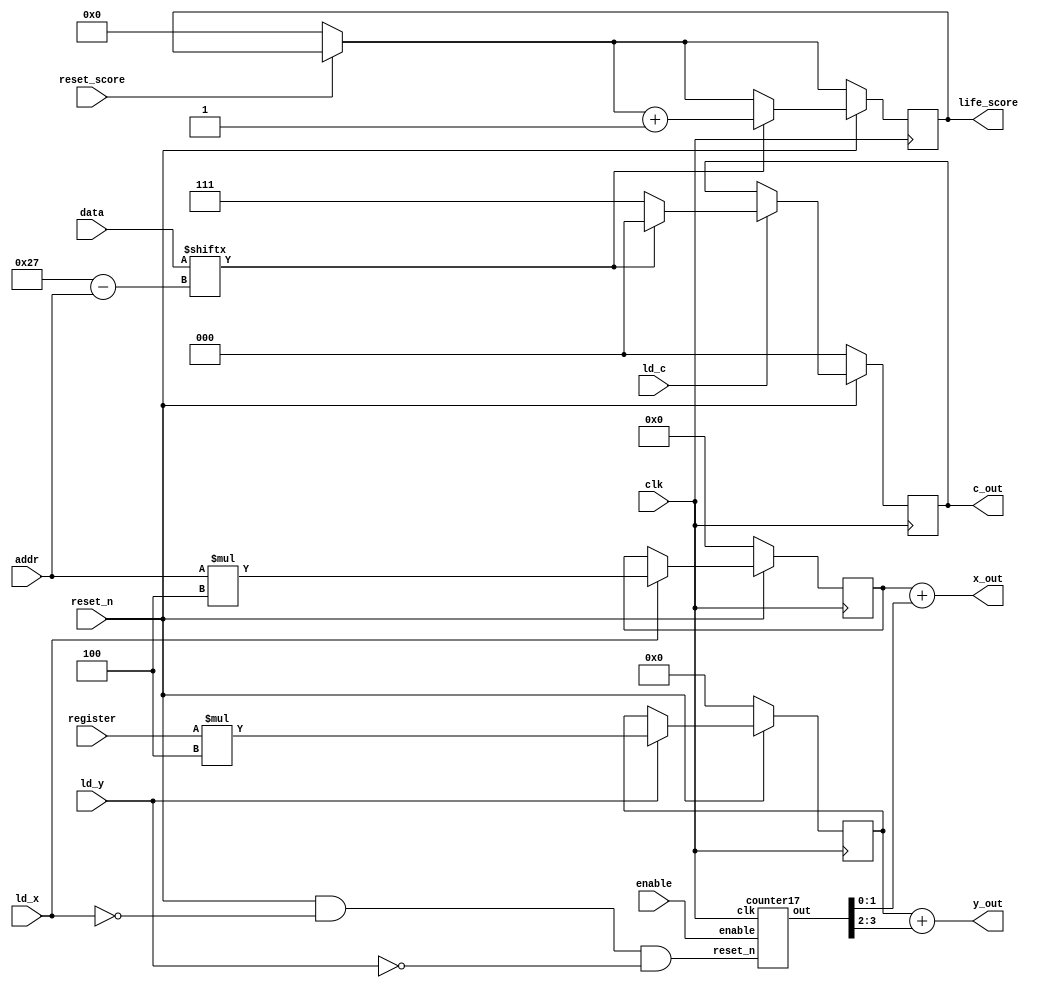
 module datapath(
    input clk, enable, reset_n,ld_x, ld_y, ld_c, reset_score,
    input [4:0] register,
    input [5:0] addr,
    input [39:0] data, 
    output [7:0] x_out,
    output [6:0] y_out,
    output [2:0] c_out,
    output [11:0] life_score
    );
    reg [7:0] x;
    reg [6:0] y;
    reg [2:0] c;
    reg [11:0] life;
    wire [4:0] count; 
    wire [3:0] out;
    wire reset_c;
    wire reset_s;

    localparam  S_LOAD      = 4'd0,
                S_WRITE     = 4'd1;
    reg current_state, next_state;

    always @ (posedge clk) begin
        if (!reset_score) begin
            life = {12{1'b0}};
        end
        if (!reset_n) begin
            x <= 8'd0;
            y <= 7'd0;
            c <= 3'd0; 
        end
        else begin 
            if(ld_x)
                x <= addr * 4;
                life <= (data[39 - addr] == 1) ? life + 1 : life;
            if(ld_y)
                y <= register * 4;
            if(ld_c)
                c <= (data[39 - addr] == 0) ? 111 : 000;
         end
    end
    /*
    always@(posedge clk)
    begin: state_table 
            case (current_state)
                S_LOAD: next_state = ld_x ? S_WRITE : S_LOAD;
                S_WRITE: next_state = ld_x ? S_LOAD : S_WRITE;

            default:     next_state = S_LOAD;
        endcase
    end // state_table

    // current_state registers
    always@(posedge clk)
    begin: state_FFs
        if(!reset_n)
            current_state <= S_LOAD;
        else begin
            if(current_state == S_WRITE)
                begin if (count == {4{1'b1}})
                    current_state <= next_state;
                end
            else
                current_state <= next_state;
        end
    end // state_FFS
    */
    assign out = count; // (count != 0) ? count - 1: count;
    assign reset_c = reset_n & !ld_x & !ld_y;
    counter17 c0(
        .out(count),
        .enable(enable),
        .reset_n(reset_c),
        .clk(clk)
        );
    
    
    assign x_out = x + out[1:0];
    assign y_out = y + out[3:2];
    assign c_out = c;
    assign life_score = life;

endmodule

module counter17(out, enable, reset_n, clk);
    input enable, reset_n, clk;
    output reg [4:0] out;

    always @(posedge clk)
    begin
        if (!reset_n)
            out <= {5{1'b0}};
        else if (enable == 1'b1)
            begin
                if (out == 5'b10000)
                    out <= {5{1'b0}};
                else
                    out <= out + 1'b1;
            end
    end 
endmodule